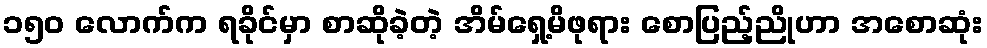
၁၅၀ လောက်က ရခိုင်မှာ စာဆိုခဲ့တဲ့ အိမ်ရှေ့မိဖုရား စောပြည့်ညိုဟာ အစောဆုံး